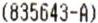
(835643-A)